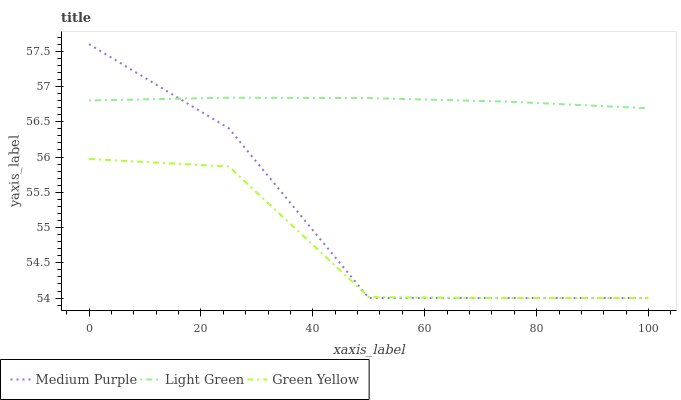
| xaxis_label | Medium Purple | Light Green | Green Yellow |
 | --- | --- | --- | --- |
 | 0 | 57.6 | 56.8 | 56 |
 | 25 | 56.4 | 56.8 | 55.9 |
 | 50 | 54 | 56.8 | 54 |
 | 75 | 54 | 56.8 | 54 |
 | 100 | 54 | 56.7 | 54 |